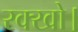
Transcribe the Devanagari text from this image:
रक्खो।